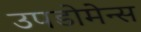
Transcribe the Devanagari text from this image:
उपडोमेन्स